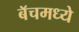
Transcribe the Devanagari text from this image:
बॅचमध्ये